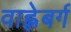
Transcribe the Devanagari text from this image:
वाह्लेबर्ग